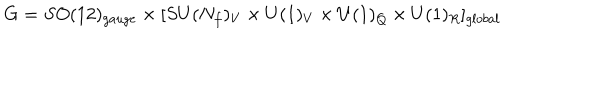
G = S O ( 1 2 ) _ { g a u g e } \times [ S U ( N _ { f } ) _ { V } \times U ( 1 ) _ { V } \times U ( 1 ) _ { Q } \times U ( 1 ) _ { R } ] _ { g l o b a l }